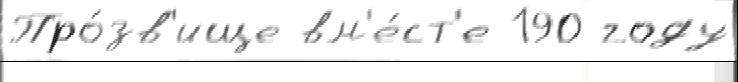
Про́зв'ище вм'е́ст'е 190 году